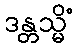
ဒန္တသ္မိံ